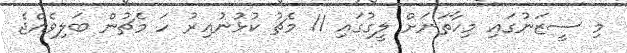
މި ސީޒަނުގައި މިހާތަނަށް ލީގުގައި 11 މެޗު ކުޅުނުއިރު ހަ މެޗުން ބަލިވެއްޖެ